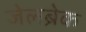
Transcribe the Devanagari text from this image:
जेलब्रेक